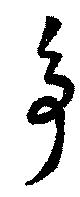
争